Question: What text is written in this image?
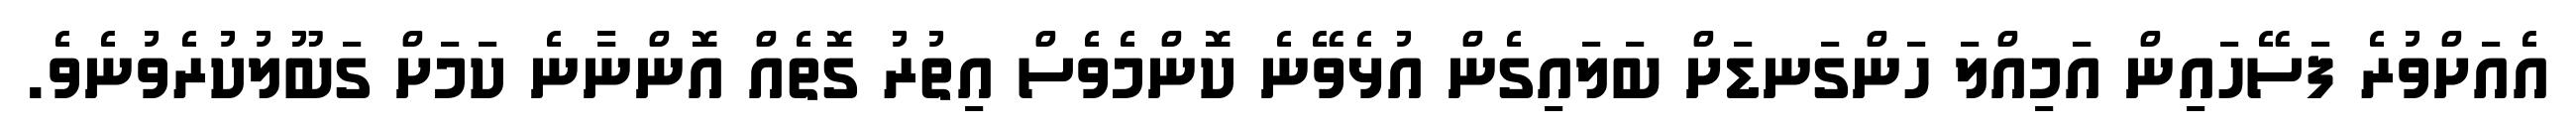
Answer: އެއަށްވުރެ ފަސޭހައިން އަމިއްލަ ހަންގަނޑަށް ބަލައިގެން އުޅެވޭނެ ކޮންމެވެސް އިތުރު ގޮތެއް އޮންނާނެ ކަމަށް ގަބޫލުކުރެވުނެވެ.